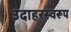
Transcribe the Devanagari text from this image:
उदाहरस्वरूप